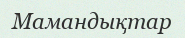
Мамандықтар